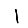
Digit: 1